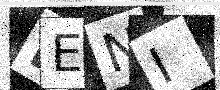
Text: FENI